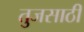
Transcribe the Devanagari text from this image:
तुजसाठी